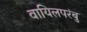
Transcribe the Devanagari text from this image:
वायिलपरंबु